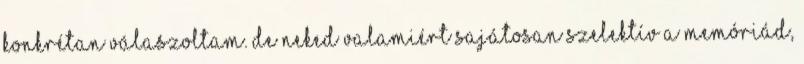
konkrétan válaszoltam. De neked valamiért sajátosan szelektív a memóriád,